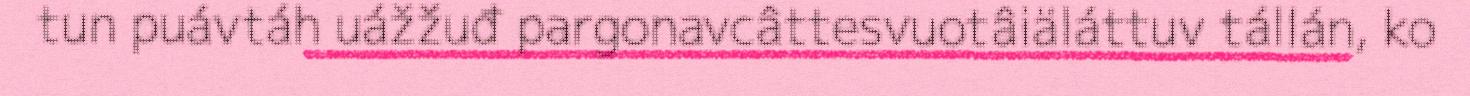
tun puávtáh uážžuđ pargonavcâttesvuotâiäláttuv tállán, ko